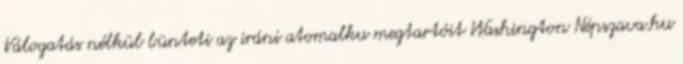
Válogatás nélkül bünteti az iráni atomalku megtartóit Washington Népszava.hu